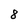
Character: 8